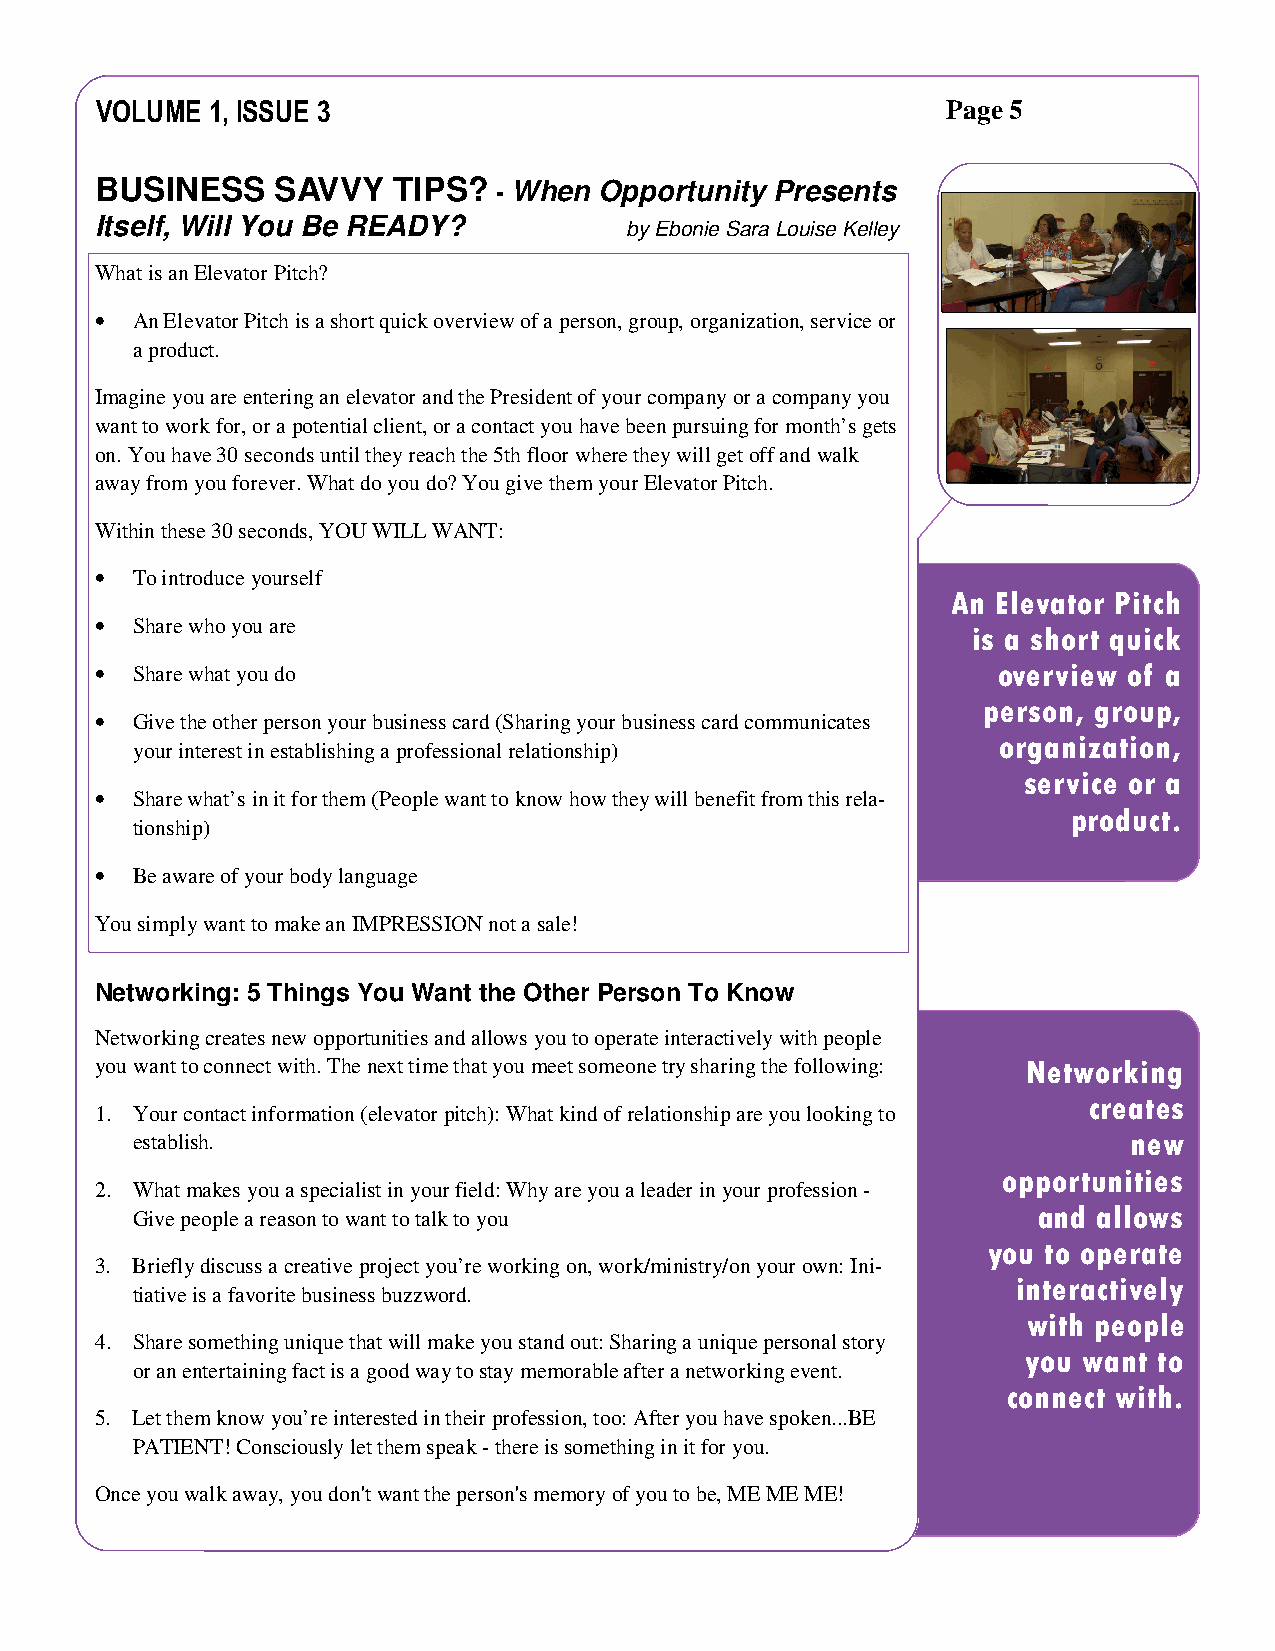
VOLUME  1, ISSUE 3                                       Page 5
 BUSINESS    SAVVY   TIPS?  - When Opportunity Presents
 Itself, Will You Be READY?         by Ebonie Sara Louise Kelley
 What is an Elevator Pitch?
 •  An Elevator Pitch is a short quick overview of a person, group, organization, service or
 a product.
 Imagine you are entering an elevator and the President of your company or a company you
 want to work for, or a potential client, or a contact you have been pursuing for month’s gets
 on. You have 30 seconds until they reach the 5th floor where they will get off and walk
 away from you forever. What do you do? You give them your Elevator Pitch.
 Within these 30 seconds, YOU WILL WANT:
 •  To introduce yourself
 An Elevator Pitch
 •  Share who you are
 is a short quick
 •  Share what you do                                        overview of a
 person, group,
 •  Give the other person your business card (Sharing your business card communicates
 organization,
 your interest in establishing a professional relationship)
 service or a
 •  Share what’s in it for them (People want to know how they will benefit from this rela-
 product.
 tionship)
 •  Be aware of your body language
 You simply want to make an IMPRESSION not a sale!
 Networking: 5 Things You Want the Other Person To Know
 Networking creates new opportunities and allows you to operate interactively with people
 you want to connect with. The next time that you meet someone try sharing the following: Networking
 creates
 1. Your contact information (elevator pitch): What kind of relationship are you looking to
 establish.                                                        new
 opportunities
 2. What makes you a specialist in your field: Why are you a leader in your profession -
 and allows
 Give people a reason to want to talk to you
 you to operate
 3. Briefly discuss a creative project you’re working on, work/ministry/on your own: Ini-
 interactively
 tiative is a favorite business buzzword.
 with people
 4. Share something unique that will make you stand out: Sharing a unique personal story
 you want to
 or an entertaining fact is a good way to stay memorable after a networking event.
 connect with.
 5. Let them know you’re interested in their profession, too: After you have spoken...BE
 PATIENT! Consciously let them speak - there is something in it for you.
 Once you walk away, you don't want the person's memory of you to be, ME ME ME!